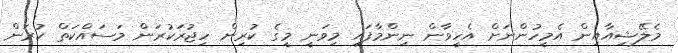
މެލޭޝިއާއިން އެމީހުންނަށް އެހީވާން ނިންމާފައި މިވަނީ މީގެ ކުރިން ހިޖުރަކުރަން މަސައްކަތް ކުރަން